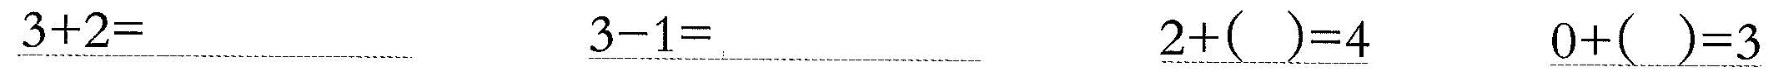
\underline{$$3 + 2 =$$} \underline{$$3 - 1 =$$} \underline{$$2 + ( ) = 4$$} \underline{$$0 + ( ) = 3$$}